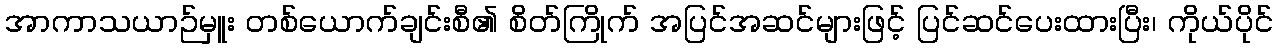
အာကာသယာဉ်မှူး တစ်ယောက်ချင်းစီ၏ စိတ်ကြိုက် အပြင်အဆင်များဖြင့် ပြင်ဆင်ပေးထားပြီး၊ ကိုယ်ပိုင်